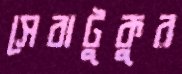
সেবাটুকুর